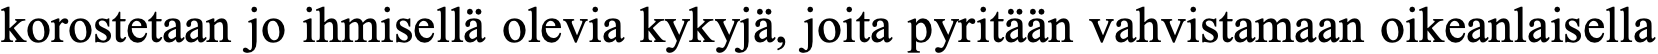
korostetaan jo ihmisellä olevia kykyjä, joita pyritään vahvistamaan oikeanlaisella